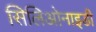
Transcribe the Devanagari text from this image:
सिलिओनाइडी